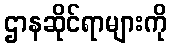
ဌာနဆိုင်ရာများကို